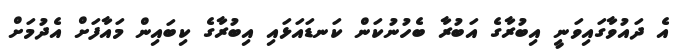
އެ ދައުވާގައިވަނީ އިބުރާގެ އަބުރާ ބެހުނުކަން ކަނޑައަޅައި އިބުރާގެ ކިބައިން މައާފަށް އެދުމަށް